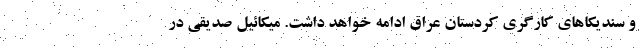
و سندیکاهای کارگری کردستان عراق ادامه خواهد داشت. میکائیل صدیقی در